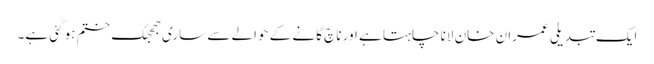
ایک تبدیلی عمران خان لانا چاہتا ہے اور ناچ گانے کے حوالے سے ساری جھجھک ختم ہو گئی ہے۔